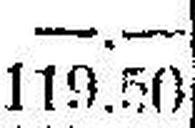
119.50